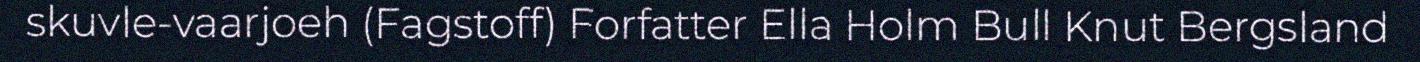
skuvle-vaarjoeh (Fagstoff) Forfatter Ella Holm Bull Knut Bergsland